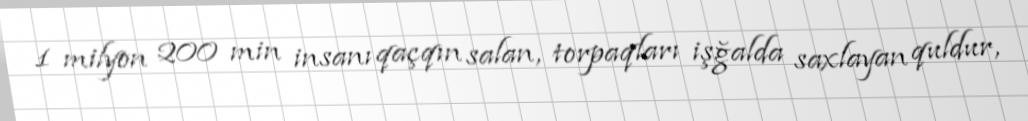
1 milyon 200 min insanı qaçqın salan, torpaqları işğalda saxlayan quldur,